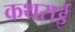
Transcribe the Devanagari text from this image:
कथराई